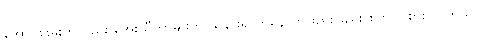
အောင်စိုးမိုးကလည်း အေးသီတာမျိုးကို သနားရာကနေ တဖြည်းဖြည်း စိတ်ဝင်စားလာတယ်။